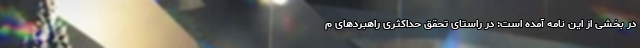
در بخشی از این نامه آمده است: در راستای تحقق حداکثری راهبرد‌های م